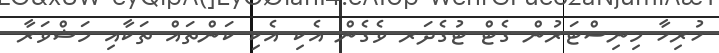
ހުރިހާ މިނިސްޓަރުން ގެޓް ޓުގެދަރ ވެގެން އެކި އެކި ކަންތައް ތަކާއި މަޝްވަރާ